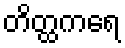
တိတ္ထကရေ